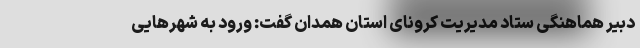
دبیر هماهنگی ستاد مدیریت کرونای استان همدان گفت: ورود به شهر‌هایی